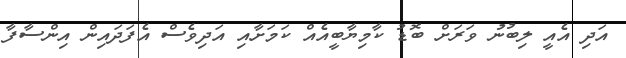
އަދި އެއީ ލިބުނު ވަރަށް ބޮޑު ކާމިޔާބީއެއް ކަމަށާއި އަދިވެސް އެފަދައިން އިންސާފާ